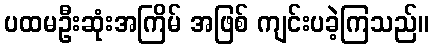
ပထမဦးဆုံးအကြိမ် အဖြစ် ကျင်းပခဲ့ကြသည်။